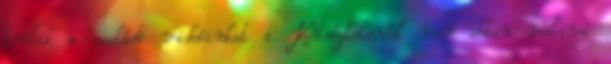
törlik a családi videóinkat a. Kétségtelenül van abban valami